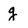
Character: g